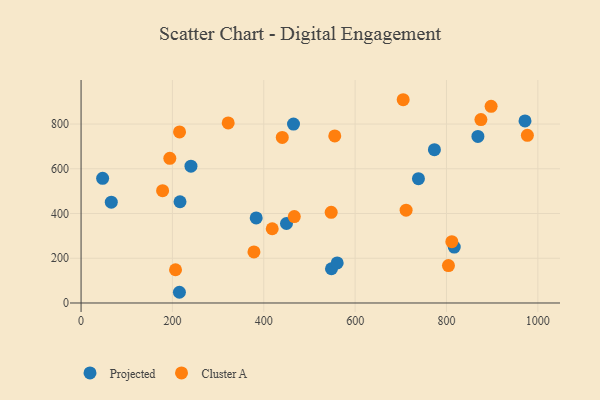
{"axis": {"x": "Experience", "y": "Demand"}, "legend": ["Cluster A", "Projected"], "data": [{"x": "548.2", "y": 153.0, "type": "Projected"}, {"x": "240.6", "y": 611.5, "type": "Projected"}, {"x": "465.1", "y": 799.7, "type": "Projected"}, {"x": "66.2", "y": 450.7, "type": "Projected"}, {"x": "47.2", "y": 557.1, "type": "Projected"}, {"x": "383.4", "y": 380.3, "type": "Projected"}, {"x": "868.8", "y": 744.8, "type": "Projected"}, {"x": "773.6", "y": 685.2, "type": "Projected"}, {"x": "560.7", "y": 179.2, "type": "Projected"}, {"x": "449.7", "y": 355.3, "type": "Projected"}, {"x": "216.6", "y": 452.5, "type": "Projected"}, {"x": "215.3", "y": 47.9, "type": "Projected"}, {"x": "971.9", "y": 814.0, "type": "Projected"}, {"x": "817.0", "y": 249.8, "type": "Projected"}, {"x": "738.6", "y": 555.9, "type": "Projected"}, {"x": "705.2", "y": 908.7, "type": "Cluster A"}, {"x": "178.5", "y": 502.2, "type": "Cluster A"}, {"x": "811.7", "y": 274.3, "type": "Cluster A"}, {"x": "418.5", "y": 331.9, "type": "Cluster A"}, {"x": "322.1", "y": 805.0, "type": "Cluster A"}, {"x": "875.4", "y": 820.1, "type": "Cluster A"}, {"x": "804.3", "y": 167.1, "type": "Cluster A"}, {"x": "194.3", "y": 646.9, "type": "Cluster A"}, {"x": "547.6", "y": 405.3, "type": "Cluster A"}, {"x": "555.4", "y": 746.7, "type": "Cluster A"}, {"x": "466.8", "y": 386.1, "type": "Cluster A"}, {"x": "440.5", "y": 740.3, "type": "Cluster A"}, {"x": "897.7", "y": 879.1, "type": "Cluster A"}, {"x": "215.6", "y": 764.9, "type": "Cluster A"}, {"x": "977.1", "y": 749.6, "type": "Cluster A"}, {"x": "378.5", "y": 228.2, "type": "Cluster A"}, {"x": "206.8", "y": 148.7, "type": "Cluster A"}, {"x": "711.6", "y": 415.1, "type": "Cluster A"}]}